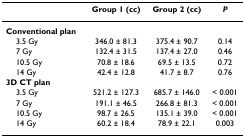
<table><thead><tr><td></td><td><b>Group 1 (cc)</b></td><td><b>Group 2 (cc)</b></td><td><b><i>P</i></b></td></tr></thead><tbody><tr><td><b>Conventional plan</b></td><td></td><td></td><td></td></tr><tr><td> 3.5 Gy</td><td>346.0 ± 81.3</td><td>375.4 ± 90.7</td><td>0.14</td></tr><tr><td> 7 Gy</td><td>132.4 ± 31.5</td><td>137.4 ± 27.0</td><td>0.46</td></tr><tr><td> 10.5 Gy</td><td>70.8 ± 18.6</td><td>69.5 ± 13.5</td><td>0.72</td></tr><tr><td> 14 Gy</td><td>42.4 ± 12.8</td><td>41.7 ± 8.7</td><td>0.76</td></tr><tr><td><b>3D CT plan</b></td><td></td><td></td><td></td></tr><tr><td> 3.5 Gy</td><td>521.2 ± 127.3</td><td>685.7 ± 146.0</td><td>&lt; 0.001</td></tr><tr><td> 7 Gy</td><td>191.1 ± 46.5</td><td>266.8 ± 81.3</td><td>&lt; 0.001</td></tr><tr><td> 10.5 Gy</td><td>98.7 ± 26.5</td><td>135.1 ± 39.0</td><td>&lt; 0.001</td></tr><tr><td> 14 Gy</td><td>60.2 ± 18.4</td><td>78.9 ± 22.1</td><td>0.003</td></tr></tbody></table>